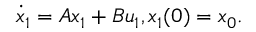
{ \dot { x } } _ { 1 } = A x _ { 1 } + B u _ { 1 } , x _ { 1 } ( 0 ) = x _ { 0 } .